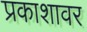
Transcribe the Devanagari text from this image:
प्रकाशावर